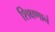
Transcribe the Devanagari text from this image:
शिक्षणानं